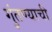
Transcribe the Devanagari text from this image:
गुंतण्याची